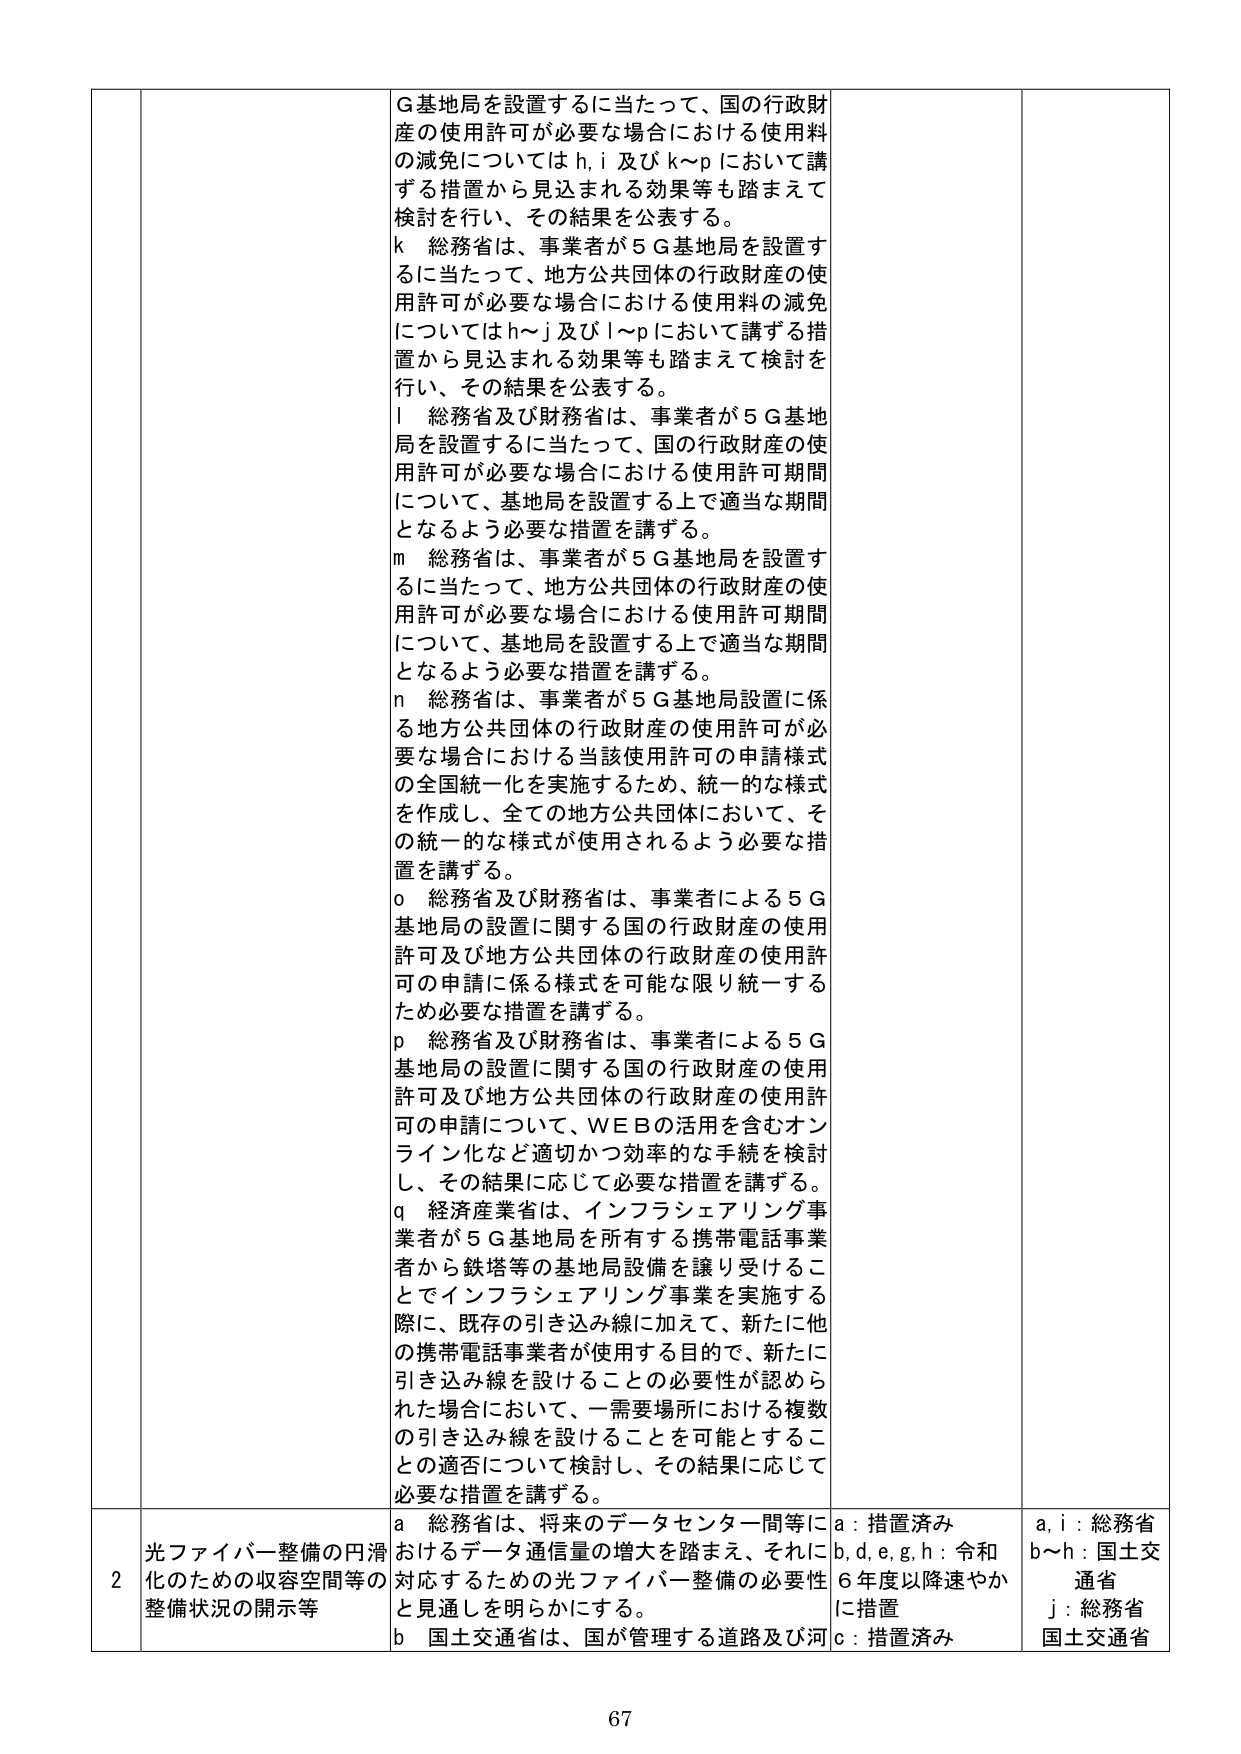
G基地局を設置するに当たって、国の行政財産の使用許可が必要な場合における使用料の減免についてはh,i及びk～pにおいて講ずる措置から見込まれる効果等も踏まえて検討を行い、その結果を公表する。

k 総務省は、事業者が5G基地局を設置するに当たって、地方公共団体の行政財産の使用許可が必要な場合における使用料の減免についてはh～j及びl～pにおいて講ずる措置から見込まれる効果等も踏まえて検討を行い、その結果を公表する。

l 総務省及び財務省は、事業者が5G基地局を設置するに当たって、国の行政財産の使用許可が必要な場合における使用許可期間について、基地局を設置する上で適当な期間となるよう必要な措置を講ずる。

m 総務省は、事業者が5G基地局を設置するに当たって、地方公共団体の行政財産の使用許可が必要な場合における使用許可期間について、基地局を設置する上で適当な期間となるよう必要な措置を講ずる。

n 総務省は、事業者が5G基地局設置に係る地方公共団体の行政財産の使用許可が必要な場合における当該使用許可の申請様式の全国統一化を実施するため、統一的な様式を作成し、全ての地方公共団体において、その統一的な様式が使用されるよう必要な措置を講ずる。

o 総務省及び財務省は、事業者による5G基地局の設置に関する国の行政財産の使用許可及び地方公共団体の行政財産の使用許可の申請に係る様式を可能な限り統一するため必要な措置を講ずる。

p 総務省及び財務省は、事業者による5G基地局の設置に関する国の行政財産の使用許可及び地方公共団体の行政財産の使用許可の申請について、WEBの活用を含むオンライン化など適切かつ効率的な手続を検討し、その結果に応じて必要な措置を講ずる。

q 経済産業省は、インフラシェアリング事業者が5G基地局を所有する携帯電話事業者から鉄塔等の基地局設備を譲り受けることでインフラシェアリング事業を実施する際に、既存の引き込み線に加えて、新たに他の携帯電話事業者が使用する目的で、新たに引き込み線を設けることの必要性が認められた場合において、一需要場所における複数の引き込み線を設けることを可能とすることの適否について検討し、その結果に応じて必要な措置を講ずる。

光ファイバー整備の円滑化のための収容空間等の整備状況の開示等

a 総務省は、将来のデータセンター間等におけるデータ通信量の増大を踏まえ、それに対応するための光ファイバー整備の必要性と見通しを明らかにする。

b 国土交通省は、国が管理する道路及び河

a：措置済み
b,d,e,g,h：令和6年度以降速やかに措置
c：措置済み

a,i：総務省
b～h：国土交通省
j：総務省
国土交通省

67